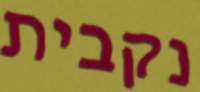
נקבית